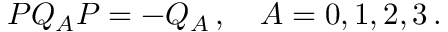
P Q _ { A } P = - Q _ { A } \, , \quad A = 0 , 1 , 2 , 3 \, .